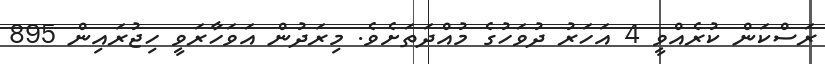
ރަސްކަން ކުރެއްވީ 4 އަހަރު ދުވަހުގެ މުއްދަތަށެވެ. މިރަދުން އަވަހާރަވީ ހިޖުރައިން 895